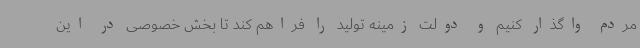
مردم واگذار کنیم و دولت زمینه تولید را فراهم کند تا بخش خصوصی در این